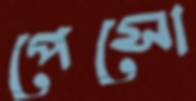
পেসো